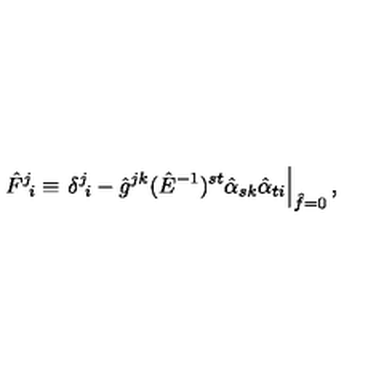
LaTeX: \hat { F } ^ { j } \! _ { i } \equiv \left. \delta ^ { j } \! _ { i } - \hat { g } ^ { j k } ( \hat { E } ^ { - 1 } ) ^ { s t } \hat { \alpha } _ { s k } \hat { \alpha } _ { t i } \right| _ { \hat { f } = 0 } ,